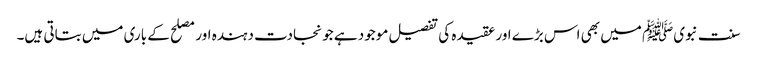
سنت نبویﷺ میں بھی اس بڑے اور عقیدہ کی تفصیل موجود ہے جو نجادت دہندہ اور مصلح کے باری میں بتاتی ہیں۔